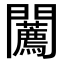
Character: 𨷳